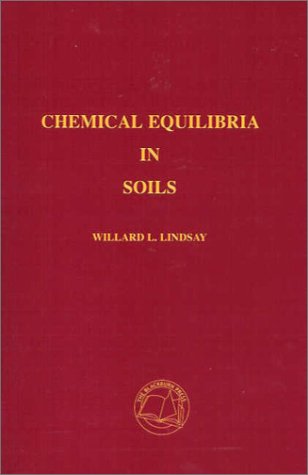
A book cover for Chemical Equilibria in Soils; Willard L. Lindsay; Science & Math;